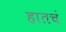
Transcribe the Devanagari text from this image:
हातचं